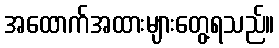
အထောက်အထားများတွေ့ရသည်။